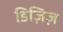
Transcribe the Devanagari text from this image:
डिज़िज़